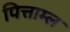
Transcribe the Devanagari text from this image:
पित्ताम्ल